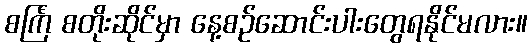
စင်္ကြံ စတိုးဆိုင်မှာ နေ့စဉ်ဆောင်းပါးတွေရနိုင်မလား။